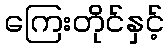
ကြေးတိုင်နှင့်